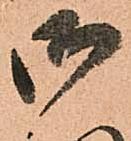
御